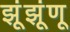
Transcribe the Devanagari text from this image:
झूंझूंणू